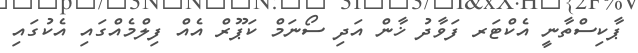
ޕާކިސްތާނީ އެކްޓަރ ފަވާދު ޚާން އަދި ސޯނަމް ކަޕޫރް އެއް ފިލްމެއްގައި އެކުގައި